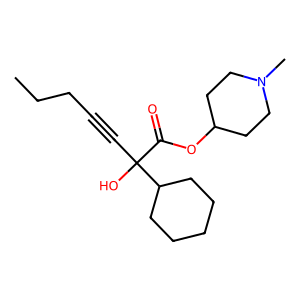
SMILES: CCCC#CC(O)(C(=O)OC1CCN(C)CC1)C1CCCCC1
Inhibits HIV replication: No